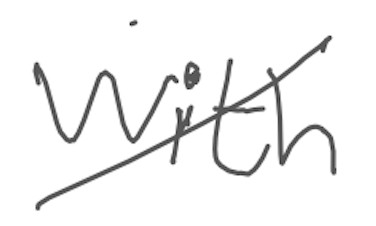
Text: with
Cross-out: diagonal
Writing tool: digital_gray